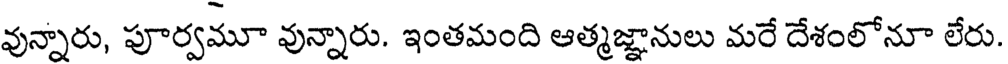
వున్నారు, పూర్వమూ వున్నారు. ఇంతమంది ఆత్మజ్ఞానులు మరే దేశంలోనూ లేరు.